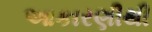
આકારણીથી